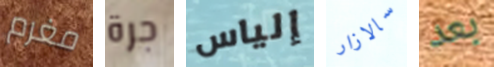
مغرم جرة إلياس سالازار بعد